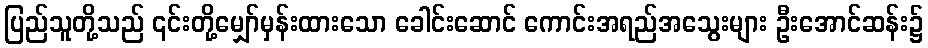
ပြည်သူတို့သည် ၎င်းတို့မျှော်မှန်းထားသော ခေါင်းဆောင် ကောင်းအရည်အသွေးများ ဦးအောင်ဆန်း၌